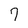
Character: 7